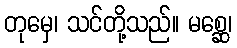
တုမှေ၊ သင်တို့သည်။ မစ္ဆေ၊